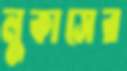
লুকাসের